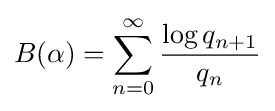
B(\alpha )=\sum _{n=0}^{\infty }{\frac {\log q_{n+1}}{q_{n}}}